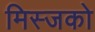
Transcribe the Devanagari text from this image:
मिस्जको